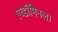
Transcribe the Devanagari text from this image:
एब्डॉमिनल।